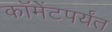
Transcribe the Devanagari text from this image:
कॉमेंटपर्यंत